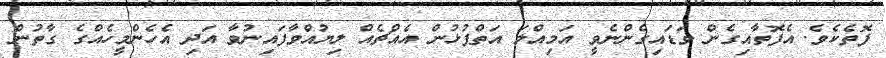
ފޮތެކެވެ. އެފޮތާއިގެން ވަޑައިގެންނެވީ އަމިއްލަ އަތްޕުޅުން އެއްޗެއް ލިޔުއްވާފައިނުވާ އަދި އެހެންމީހެއްގެ ގާތުން